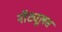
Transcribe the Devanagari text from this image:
नॉट्यूलस